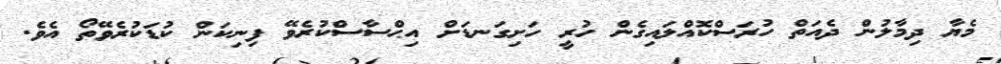
މެޔާ ދިމާލުން ދެއަތް ހުރަސްކޮއްލައިގެން ހުރީ ހަށިގަނޑަށް އިޙްސާސްކުރެވޭ ފިނިކަން ކުޑަކުރެވޭތޯ އެވެ.